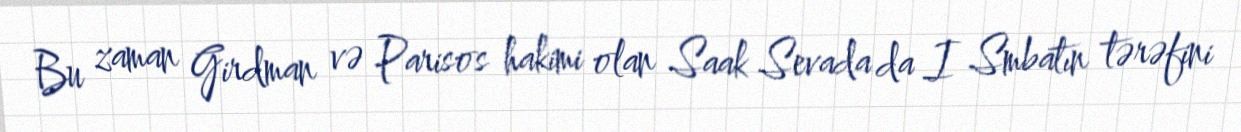
Bu zaman Girdman və Parisos hakimi olan Saak Sevada da I Smbatın tərəfini